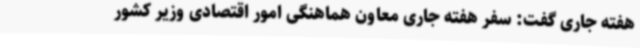
هفته جاری گفت: سفر هفته جاری معاون هماهنگی امور اقتصادی وزیر کشور